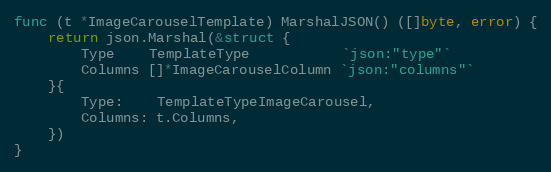
Language: Go
func (t *ImageCarouselTemplate) MarshalJSON() ([]byte, error) {
	return json.Marshal(&struct {
		Type    TemplateType           `json:"type"`
		Columns []*ImageCarouselColumn `json:"columns"`
	}{
		Type:    TemplateTypeImageCarousel,
		Columns: t.Columns,
	})
}